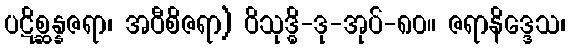
ပဋိစ္ဆန္နဇရာ၊ အဝီစိဇရာ) ဝိသုဒ္ဓိ-ဒု-အုပ်-၈၀။ ဇရာနိဒ္ဒေသ၊